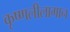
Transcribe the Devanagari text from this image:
कृष्णलीलागान